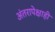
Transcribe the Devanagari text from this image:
अंतरापेक्षाही